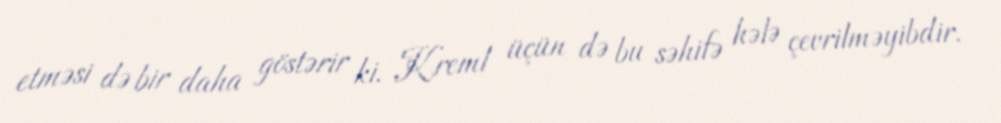
etməsi də bir daha göstərir ki, Kreml üçün də bu səhifə hələ çevrilməyibdir.